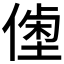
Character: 𠍝